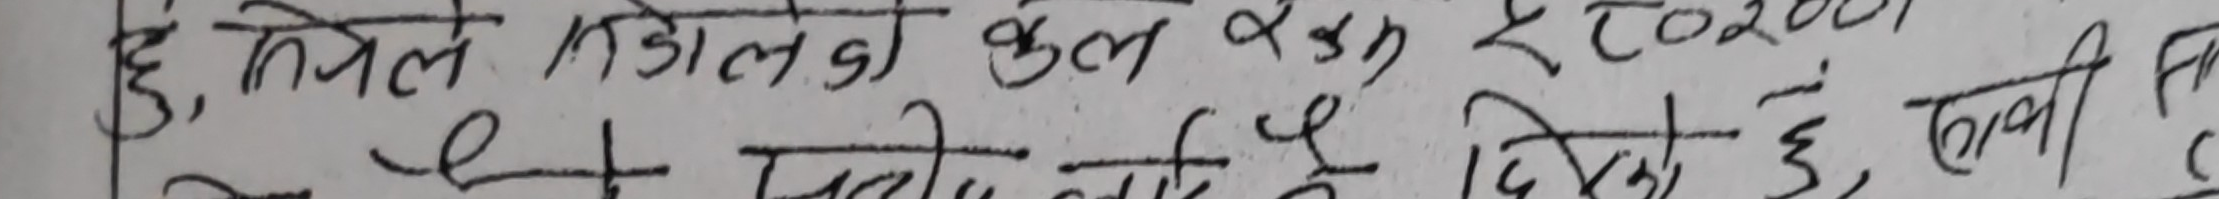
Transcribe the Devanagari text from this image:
छ, मिलेन जाडोले गर्दा २५, २२००।